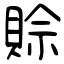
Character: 賒